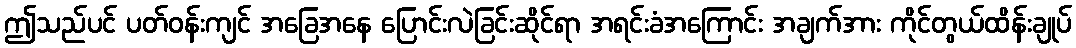
ဤသည်ပင် ပတ်ဝန်းကျင် အခြေအနေ ပြောင်းလဲခြင်းဆိုင်ရာ အရင်းခံအကြောင်း အချက်အား ကိုင်တွယ်ထိန်းချုပ်